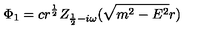
\Phi _ { 1 } = c r ^ { \frac 1 2 } Z _ { \frac 1 2 - i \omega } ( \sqrt { m ^ { 2 } - E ^ { 2 } } r )